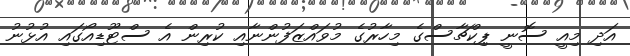
އަދި މިއީ ސޮނީ ޕިކްޗާސްގެ މިހާރުގެ މުވައްޒަފުންނާއި ކުރިން އެ ސްޓޫޑިއޯގައި އުޅުނު